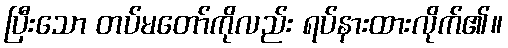
ပြီးသော တပ်မတော်ကိုလည်း ရပ်နားထားလိုက်၏။